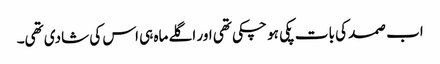
اب صمد کی بات پکی ہو چکی تھی اور اگلے ماہ ہی اس کی شادی تھی۔